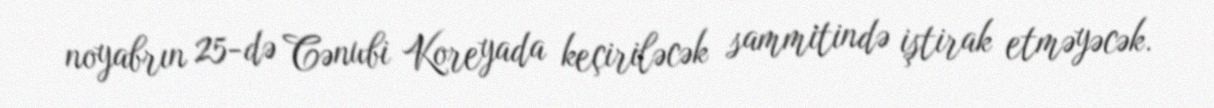
noyabrın 25-də Cənubi Koreyada keçiriləcək sammitində iştirak etməyəcək.